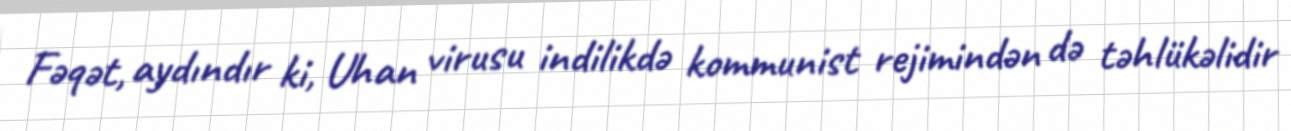
Fəqət, aydındır ki, Uhan virusu indilikdə kommunist rejimindən də təhlükəlidir